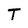
Character: T